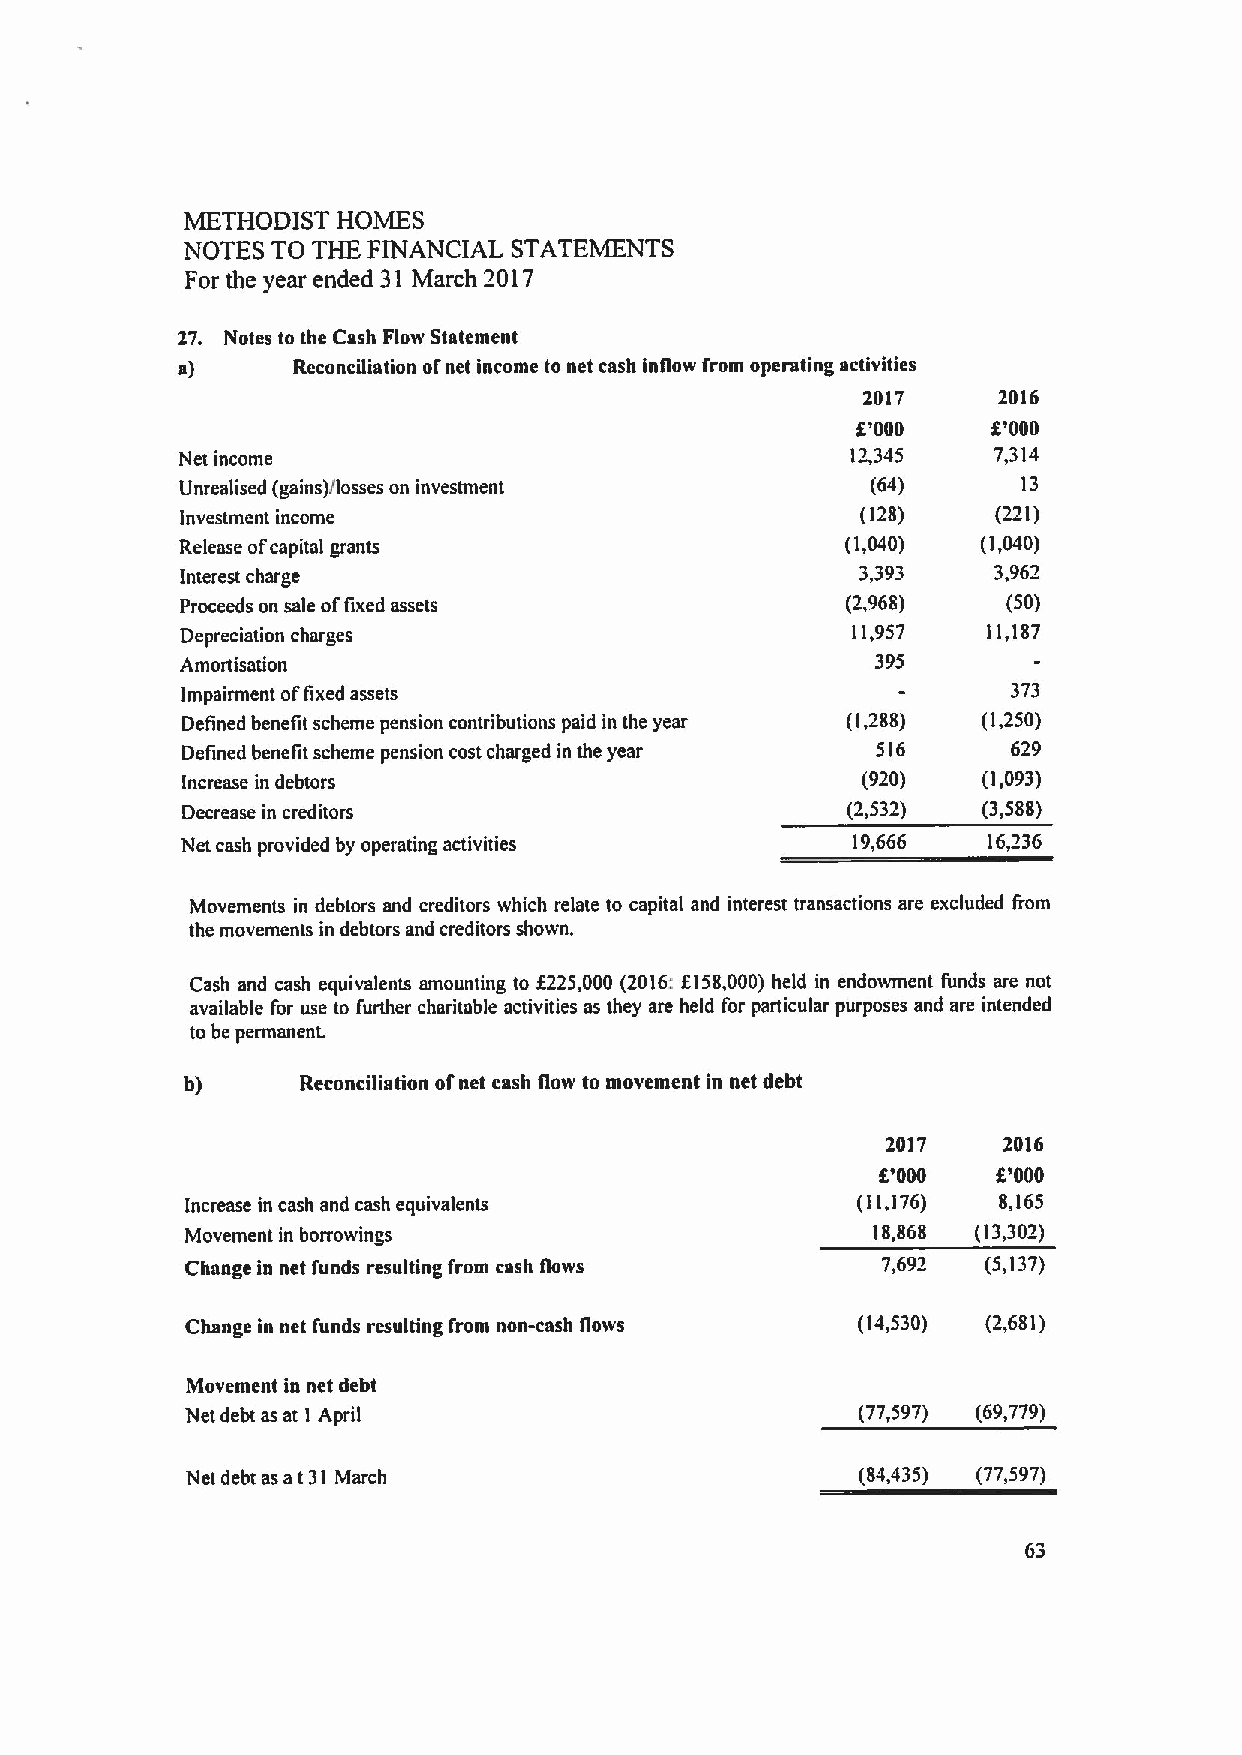
METHODIST HOMES
 NOTES TO THE FINANCIAL STATEMENTS
 For the year ended 31 March 2017
 27. Notes to the Cash Flow Statement
 s)     Reconciliation ofnet income to net cash inllow from operating activities
 2017     2016
 f
 8'000    '000
 Net income                                  12,345    7,314
 Unrealised (gains)/losses on investment       (64)      13
 investment income                            (128)    (221)
 Release ofcapital grants                    (1,040)  (1,040)
 Interest charge                              3,393    3,962
 Proceeds on sale offixed assets             (2,968)    (50)
 Depreciation charges                        11,957   11,187
 Amortisation                                  395
 Impairment offixed assets                              373
 Defined benefit scheme pension contributions paid in the year (1,288) (1,250)
 Detined benefit scheme pension cost charged in the year 516 629
 Increase in debtors                          (920)   (1,093)
 Decrease in creditors                       (2,532)  (3,588)
 Net cash provided by operating activities   19,666   16,236
 Movements in debtors and creditors which relate to capital and interest transactions are excluded from
 the movements in debtors and creditors shown.
 Cash and cash equivalents amounting to f225,000 (2016:f158,000) held in endowment funds are not
 available for use to further charitable activities as they are held for particular purposes and are intended
 to be permanent.
 b)      Reconciliation ofnet cash liow to movement in net debt
 2017   2016
 f
 f'000    '000
 Increase in cash and cash equivalents        (11,176) 8,165
 Movement in borrowings                        18,868 (13,302)
 Change in net funds resulting from cash flows 7,692  (5,137)
 Change in net funds resulting from non-cash llows (14,530) (2,681)
 Movement in net debt
 Net debt as at I April                       (77,597) (69,779)
 Net debt as at31 March                       (84,435) (77,597)
 63